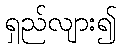
ရှည်လျား၍